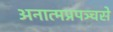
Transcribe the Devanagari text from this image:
अनात्मप्रपञ्चसे